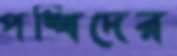
পঙ্খিদের